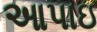
આપાઇ